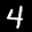
Label: 4